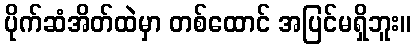
ပိုက်ဆံအိတ်ထဲမှာ တစ်ထောင် အပြင်မရှိဘူး။